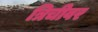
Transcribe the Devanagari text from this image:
त्रिचीवर